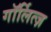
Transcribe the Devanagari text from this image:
गॉर्लित्ज़